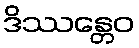
ဒိဿန္တေဝ